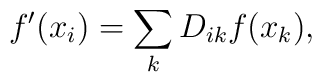
f^{\prime }(x_{i})=\sum _{k}D_{ik}f(x_{k}),